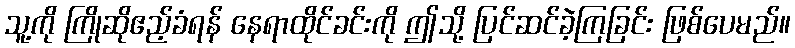
သူ့ကို ကြိုဆိုဧည့်ခံရန် နေရာထိုင်ခင်းကို ဤသို့ ပြင်ဆင်ခဲ့ကြခြင်း ဖြစ်ပေမည်။